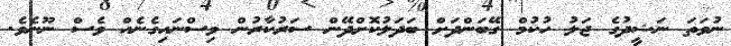
ނުވަތަ ނަޝީދުގެ ޖަލު ހުކުމް ގޭބަންދަށް ބަދަލުކޮށްދޭން ސަރުކާރުން ވިސްނައިގެނެއް ވެސް ނޫނެވެ.